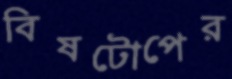
বিষটোপের